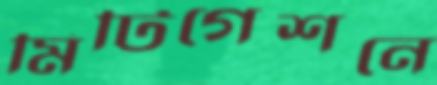
মিটিগেশনে